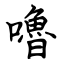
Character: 嚕